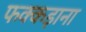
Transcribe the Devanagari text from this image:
फक्‍कड़ाना